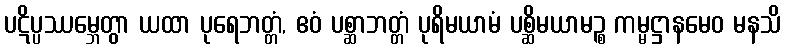
ပဋိပ္ပဿမ္ဘေတွာ ယထာ ပုရေဘတ္တံ, ဧဝံ ပစ္ဆာဘတ္တံ ပုရိမယာမံ ပစ္ဆိမယာမဉ္စ ကမ္မဋ္ဌာနမေဝ မနသိ